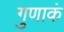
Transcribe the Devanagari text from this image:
गुणाकं